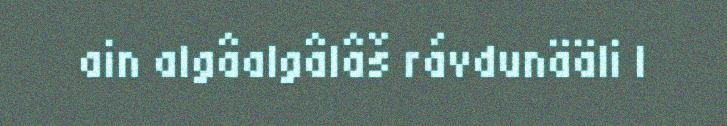
ain algâalgâlâš rávdunääli |